Indian journal of veterinary science and animal husbandry - Volume 13,
Year: 1943
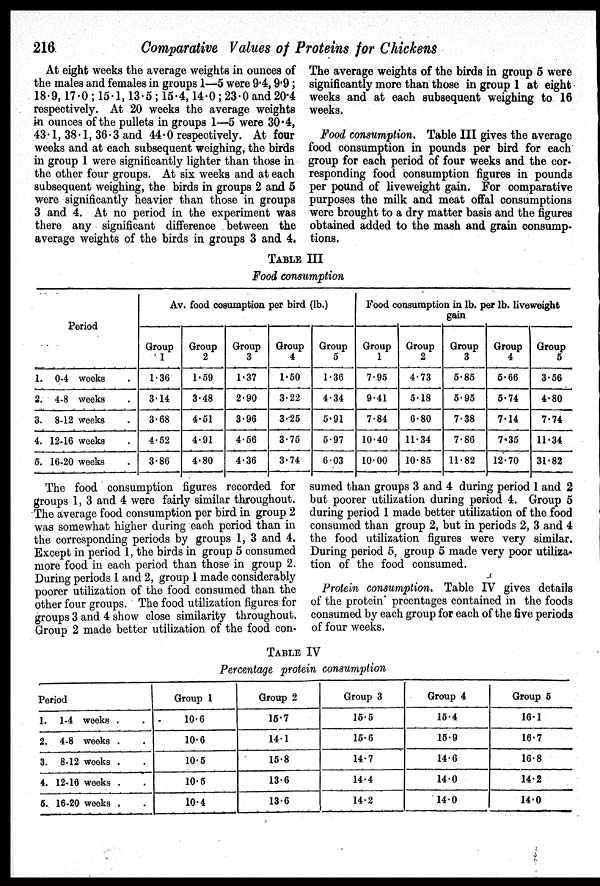
216
Comparative Values of Proteins for Chickens
At eight weeks the average weights in ounces of
the males and females in groups 1—5 were 9.4, 9.9;
18.9,17.0 ; 15.1,13.5 ; 15.4,14.0; 23.0 and 20.4
respectively. At 20 weeks the average weights
in ounces of the pullets in groups 1—5 were 30.4,
43.1, 38.1, 36.3 and 44.0 respectively. At four
weeks and at each subsequent weighing, the birds
in group 1 were significantly lighter than those in
the other four groups. At six weeks and at each
subsequent weighing, the birds in groups 2 and 5
were significantly heavier than those in groups
3 and 4. At no period in the experiment was
there any significant difference between the
average weights of the birds in groups 3 and 4.
The average weights of the birds in group 5 were
significantly more than those in group 1 at eight
weeks and at each subsequent weighing to 16
weeks.
Food consumption. Table III gives the average
food consumption in pounds per bird for each
group for each period of four weeks and the cor-
responding food consumption figures in pounds
per pound of liveweight gain. For comparative
purposes the milk and meat offal consumptions
were brought to a dry matter basis and the figures
obtained added to the mash and grain consump-
tions.
TABLE III
Food consumption
Period
1. 0-4 weeks .
2. 4-8 weeks .
3. 8-12 weeks .
4. 12-16 weeks .
5. 16-20 weeks .
Av.food coaumption per bird (lb)
Group
1
1.36
3.14
3.68
4.62
3.86
Group
2
1.59
3.48
4.51
4.91
4.80
Group
3
1.37
2.90
3.96
4.56
4.36
Group
4
1.60
3.22
3.25
3.75
3.74
Group
5
1.36
4.34
5.91
5.97
603
Food consumption in lb. per lb.liveweight
gain
Group
1
7.95
9.41
7.84
10.40
10.00
Group
2
4.73
5.18
6.80
11.34
10.85
Group
3
5.85
5.95
7.38
7.86
11.82
Group
4
5.66
5.74
7.14
7.35
12.70
Group
5
3.56
4.80
7.74
11.34
31.82
The food consumption figures recorded for
groups 1, 3 and 4 were fairly similar throughout.
The average food consumption per bird in group 2
was somewhat higher during each period than in
the corresponding periods by groups 1, 3 and 4.
Except in period 1, the birds in group 5 consumed
more food in each period than those in group 2.
During periods 1 and 2, group 1 made considerably
poorer utilization of the food consumed than the
other four groups. The food utilization figures for
groups 3 and 4 show close similarity throughout.
Group 2 made better utilization of the food con-
sumed than groups 3 and 4 during period 1 and 2
but poorer utilization during period 4. Group 5
during period 1 made better utilization of the food
consumed than group 2, but in periods 2, 3 and 4
the food utilization figures were very similar.
During period 5, group 5 made very poor utiliza-
tion of the food consumed.
Protein consumption. Table IV gives details
of the protein prcentages contained in the foods
consumed by each group for each of the five periods
of four weeks.
TABLE IV
Percentage protein consumption
Period
1. 1-4 weeks . .
2. 4-8 weeks . .
3. 8-12 weeks . .
4. 12-16 weeks . .
5. 16-20 weeks . .
Group 1
10.6
10.6
10.5
10.5
10.4
Group 2
15.7
14.1
15.8
13.6
13.6
Group 3
15.5
15.6
14.7
14.4
14.2
Group 4
15.4
15.9
14.6
14.0
14.0
Group 5
16.1
16.7
16.8
14.2
14.0